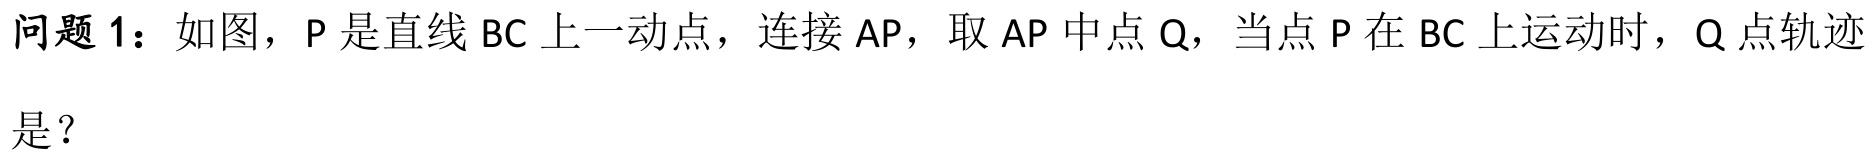
问题1：如图，P是直线BC上一动点，连接AP，取AP中点Q，当点P在BC上运动时，Q点轨迹是？